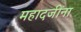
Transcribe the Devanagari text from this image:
महादजींना